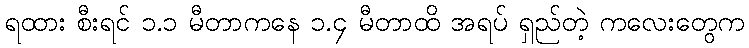
ရထား စီးရင် ၁.၁ မီတာကနေ ၁.၄ မီတာထိ အရပ် ရှည်တဲ့ ကလေးတွေက